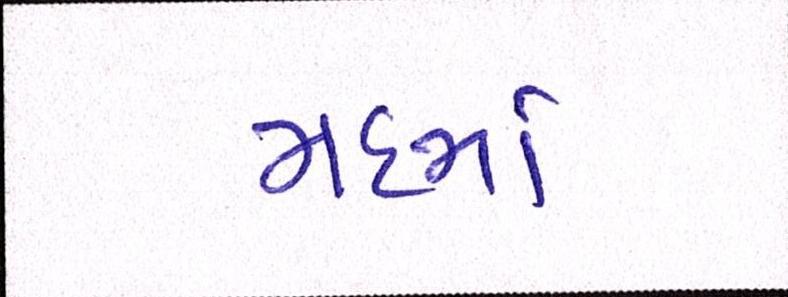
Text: મદમાં